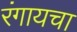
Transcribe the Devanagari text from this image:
रंगायचा